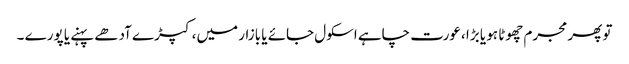
تو پھر مجرم چھوٹا ہو یا بڑا ،عورت چاہے اسکول جائے یا بازار میں، کپڑے آدھے پہنے یا پورے ۔